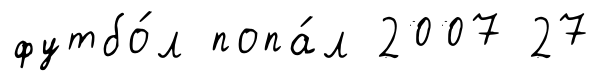
футбо́л попа́л 2007 27